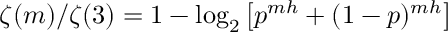
\zeta ( m ) / \zeta ( 3 ) = 1 - \log _ { 2 } \left[ p ^ { m h } + ( 1 - p ) ^ { m h } \right]